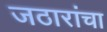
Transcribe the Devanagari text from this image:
जठारांचा